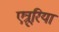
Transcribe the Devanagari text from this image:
एत्रूरिया